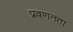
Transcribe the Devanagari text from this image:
प्रवणनता